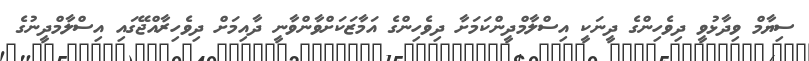
ސިޔާމް ވިދާޅުވީ ދިވެހިންގެ ދީނަކީ އިސްލާމްދީންކަމަށާ ދިވެހިންގެ އަމާޒަކަށްވާންވާނީ ދާއިމަށް ދިވެހިރާއްޖޭގައި އިސްލާމްދީނުގެ